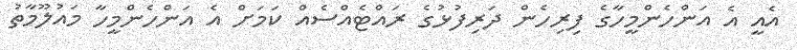
އެއީ އެ އަންހެންމީހާގެ ފިރިހެން ދަރިފުޅުގެ ރައްޓެއްސެއް ކަމަށް އެ އަންހެންމީހާ މައުލޫމާތު